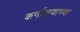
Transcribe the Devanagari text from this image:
कर्नाळ्याच्या